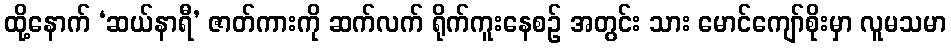
ထို့နောက် ‘ဆယ်နာရီ’ ဇာတ်ကားကို ဆက်လက် ရိုက်ကူးနေစဉ် အတွင်း သား မောင်ကျော်စိုးမှာ လူမသမာ